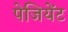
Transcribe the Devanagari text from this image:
पेजियेंट